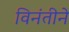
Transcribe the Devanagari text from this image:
विनंतीने